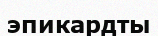
эпикардты